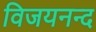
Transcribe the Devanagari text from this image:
विजयनन्द